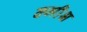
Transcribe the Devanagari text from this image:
क्मीश्न